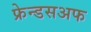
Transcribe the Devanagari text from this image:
फ्रेन्डसअफ